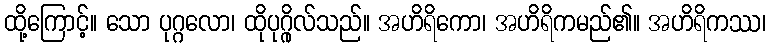
ထို့ကြောင့်။ သော ပုဂ္ဂလော၊ ထိုပုဂ္ဂိုလ်သည်။ အဟိရိကော၊ အဟိရိကမည်၏။ အဟိရိကဿ၊